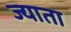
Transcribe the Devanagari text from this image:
ज्याता